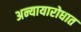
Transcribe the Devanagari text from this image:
अन्यायारोधात